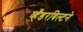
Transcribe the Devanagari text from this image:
व्हँडरबिल्टने